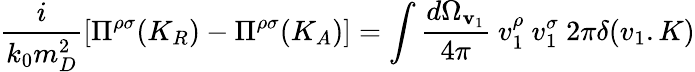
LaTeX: {\frac{i}{k_{0}m_{D}^{2}}}[\Pi^{\rho\sigma}(K_{R})-\Pi^{\rho\sigma}(K_{A})]=\int{\frac{d\Omega_{\mathbf{v}_{1}}}{4\pi}}\ v_{1}^{\rho}\ v_{1}^{\sigma}\ 2\pi\delta(v_{1}.K)